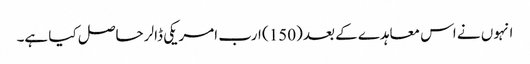
انہوں نے اس معاہدے کے بعد (150) ارب امریکی ڈالر حاصل کیا ہے۔